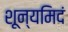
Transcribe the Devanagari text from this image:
शून्यमिदं